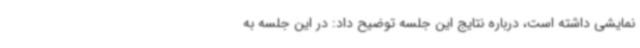
نمایشی داشته است، درباره نتایج این جلسه توضیح داد: در این جلسه به